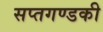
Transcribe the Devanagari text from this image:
सप्तगण्डकी